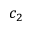
c _ { 2 }